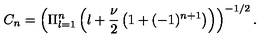
C _ { n } = \left( \Pi _ { l = 1 } ^ { n } \left( l + \frac { \nu } { 2 } \left( 1 + ( - 1 ) ^ { n + 1 } \right) \right) \right) ^ { - 1 / 2 } .